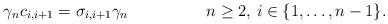
LaTeX: \begin{align*}\gamma_n c_{i,i+1}=\sigma_{i,i+1}\gamma_n&&n\geq2,\,i\in\{1,\dots,n-1\}.\end{align*}